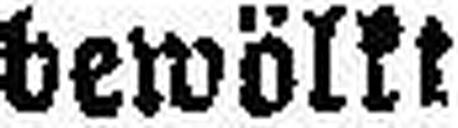
bewölkt